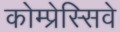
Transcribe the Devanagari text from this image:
कोम्प्रेस्सिवे